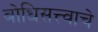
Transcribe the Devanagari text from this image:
बोधिसत्त्वाचे